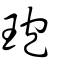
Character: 玸